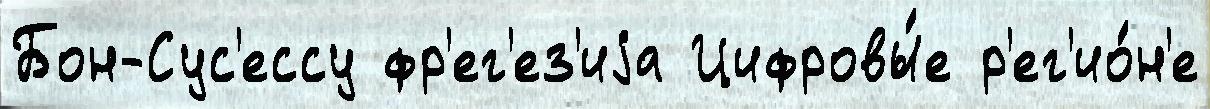
Бон-Сус'ессу фр'ег'ез'иjа Цифровы́е р'ег'ио́н'е